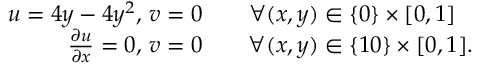
\begin{array} { r l } { u = 4 y - 4 y ^ { 2 } , \, v = 0 \quad } & { { } \forall ( x , y ) \in \{ 0 \} \times [ 0 , 1 ] } \\ { \frac { \partial u } { \partial x } = 0 , \, v = 0 \quad } & { { } \forall ( x , y ) \in \{ 1 0 \} \times [ 0 , 1 ] . } \end{array}